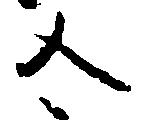
合